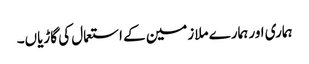
ہماری اور ہمارے ملازمین کے استعمال کی گاڑیاں۔